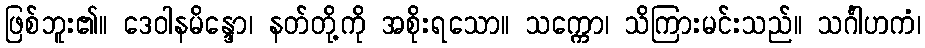
ဖြစ်ဘူး၏။ ဒေဝါနမိန္ဒော၊ နတ်တို့ကို အစိုးရသော။ သက္ကော၊ သိကြားမင်းသည်။ သင်္ဂါဟကံ၊